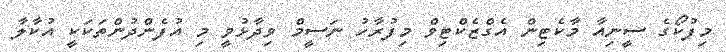
މިފުކޯގެ ސީނިއާ މާކެޓިން އެގްޒެކްޓިވް މިފުރާހު ނަސީމް ވިދާޅުވީ މި އުފެންދުންތަކަކީ އުކާލާ